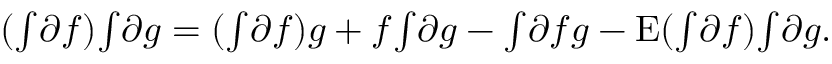
( \ensuremath { { \textstyle \int } } \ensuremath { \partial } f ) \ensuremath { { \textstyle \int } } \ensuremath { \partial } g = ( \ensuremath { { \textstyle \int } } \ensuremath { \partial } f ) g + f \ensuremath { { \textstyle \int } } \ensuremath { \partial } g - \ensuremath { { \textstyle \int } } \ensuremath { \partial } f g - \ensuremath { { \mathrm { E } } } ( \ensuremath { { \textstyle \int } } \ensuremath { \partial } f ) \ensuremath { { \textstyle \int } } \ensuremath { \partial } g .